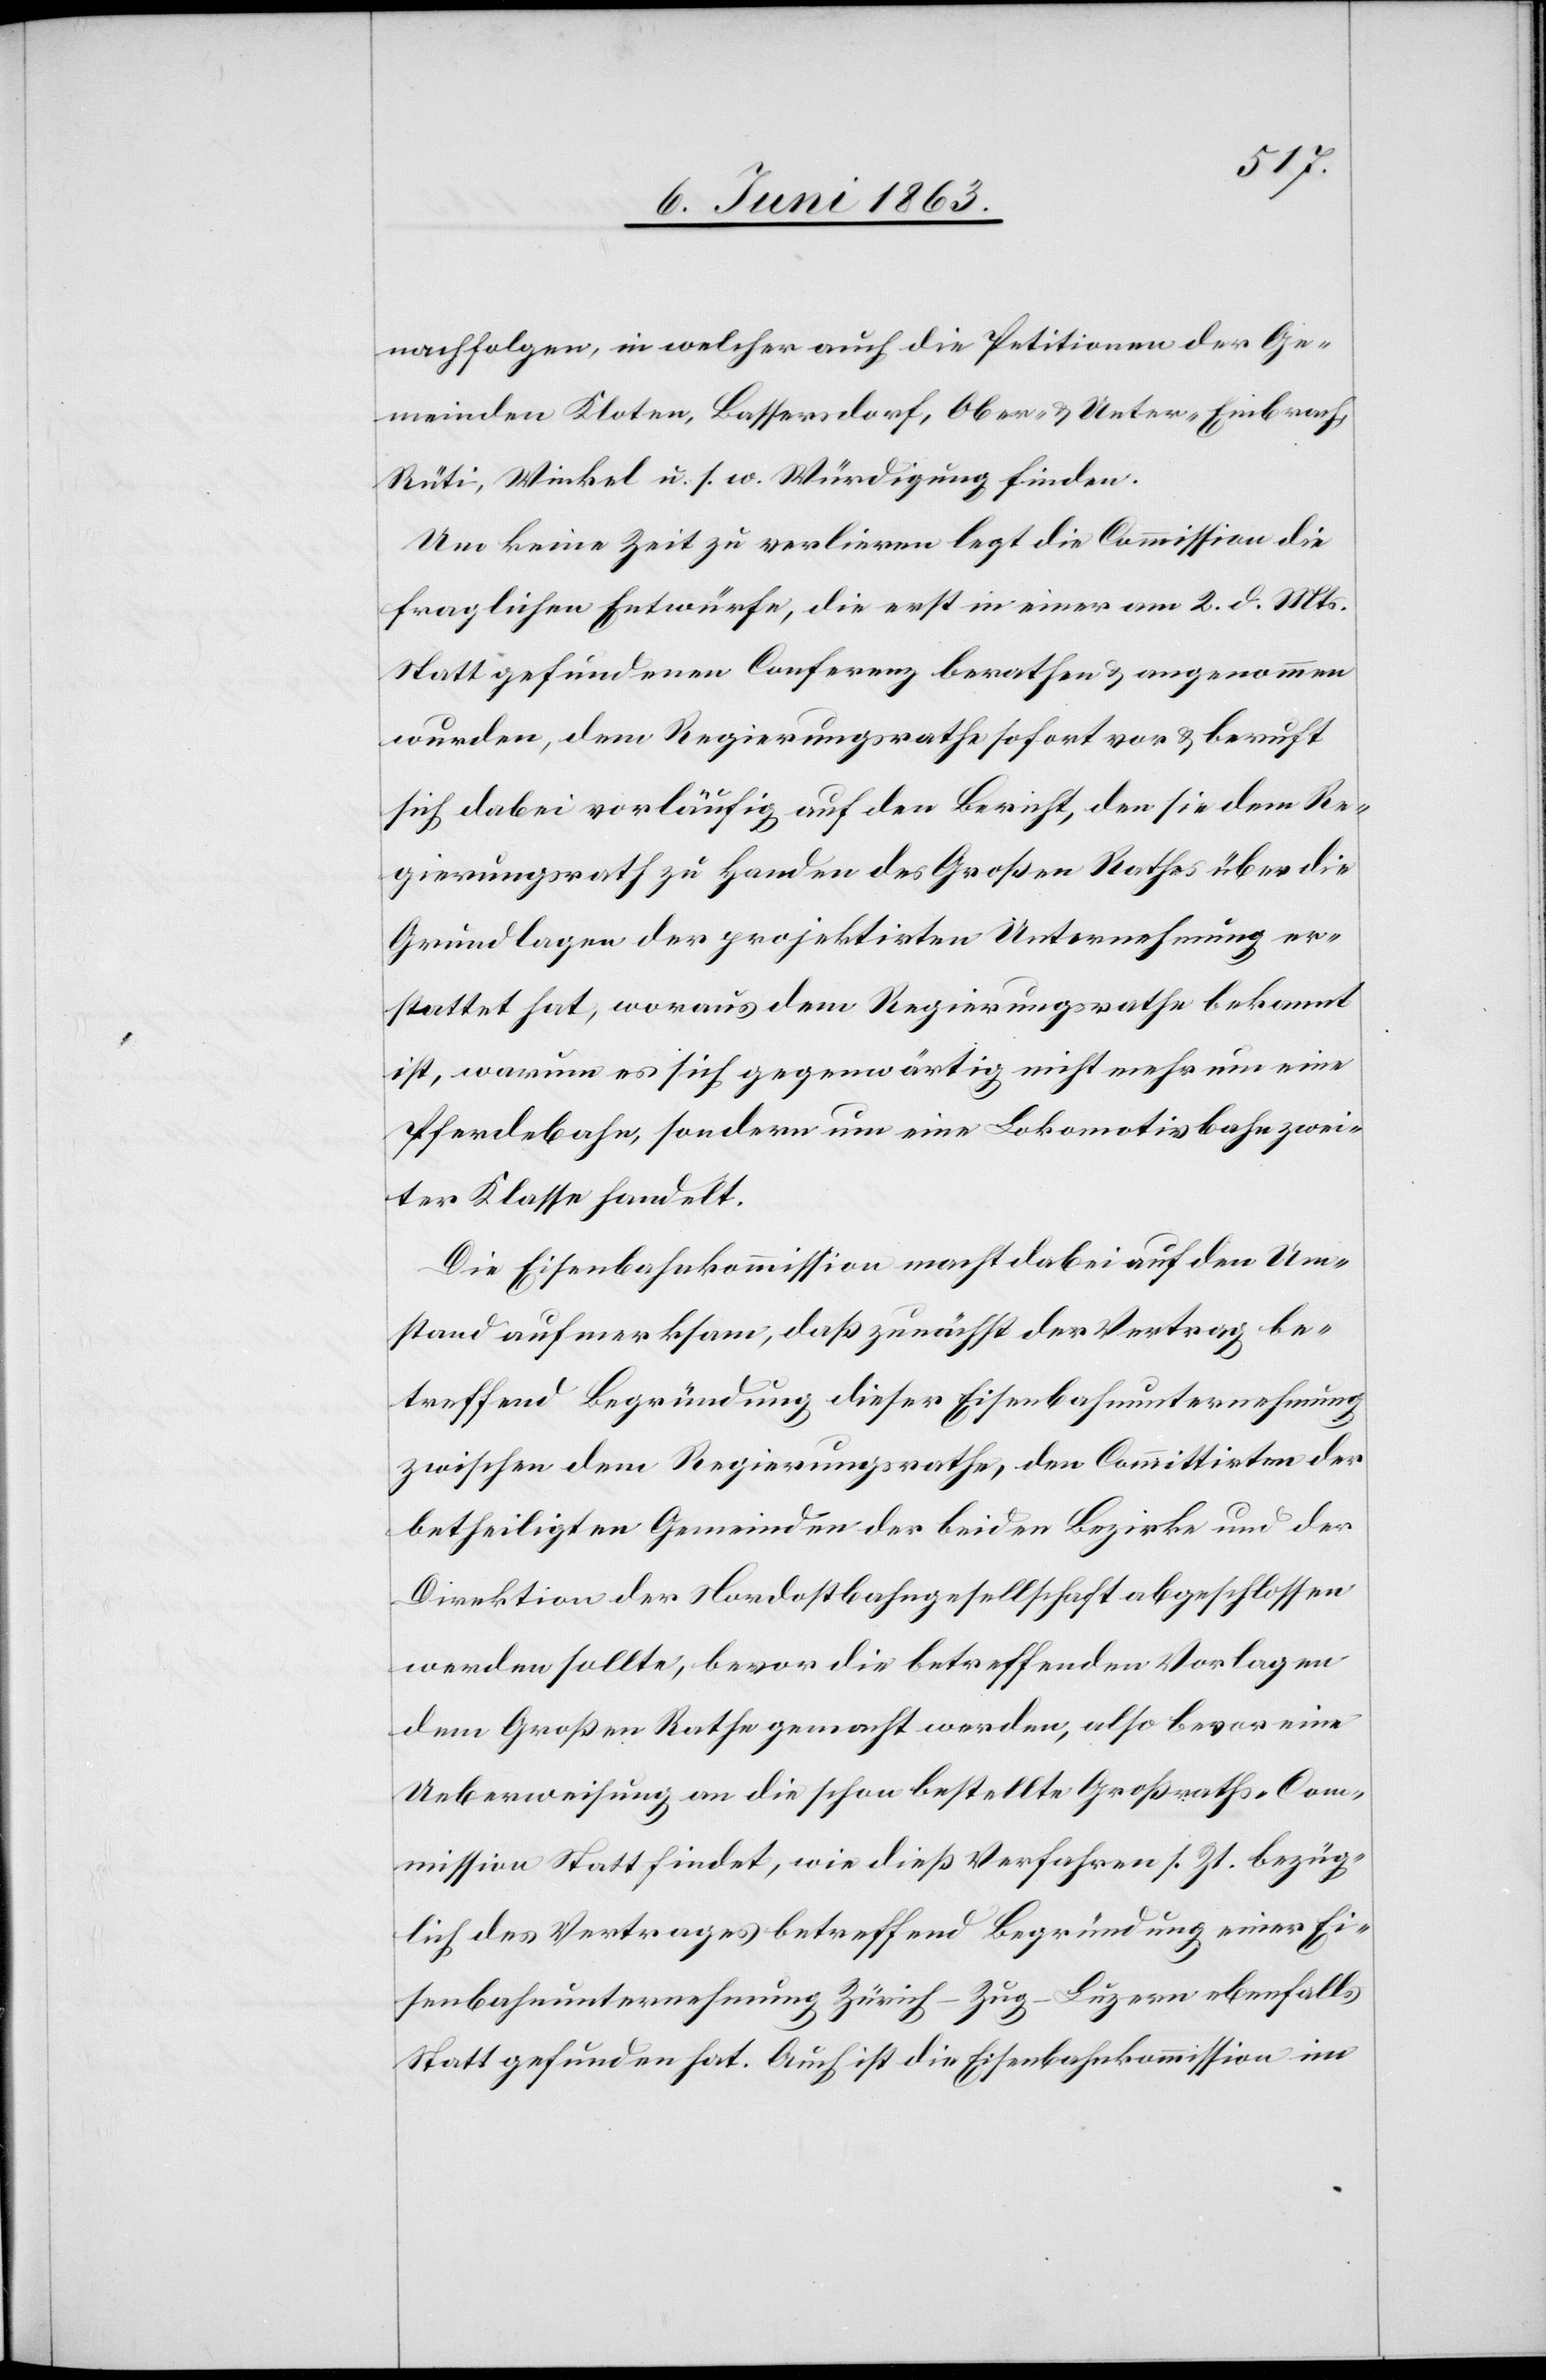
nachfolgen, in welcher auch die Petitionen der Ge¬
meinden Kloten, Bassersdorf, Ober- & Unter-Embrach,
Rüti, Winkel u. s. w. Würdigung finden.
Um keine Zeit zu verlieren legt die Commission die
fraglichen Entwürfe, die erst in einer am 2. d. Mts.
Statt gefundenen Conferenz berathen & angenommen
wurden, dem Regierungsrathe sofort vor & beruft
sich dabei vorläufig auf den Bericht, den sie dem Re¬
gierungsrath zu Handen des Großen Rathes über die
Grundlagen der projektirten Unternehmung er¬
stattet hat, woraus dem Regierungsrathe bekannt
ist, warum es sich gegenwärtig nicht mehr um eine
Pferdebahn, sondern um eine Lokomotivbahn zwei¬
ter Klasse handelt.
Die Eisenbahnkommission macht dabei auf den Um¬
stand aufmerksam, daß zunächst der Vertrag be¬
treffend Begründung dieser Eisenbahnunternehmung
zwischen dem Regierungsrathe, den Commitirten der
betheiligten Gemeinden der beiden Bezirke und der
Direktion der Nordostbahngesellschaft abgeschlossen
werden sollte, bevor die betreffenden Vorlagen
dem Großen Rathe gemacht werden, also bevor eine
Ueberweisung an die schon bestellte Großraths-Com¬
mission Statt findet, wie dieß Verfahren s. Zt. bezüg¬
lich des Vertrages betreffend Begründung einer Ei¬
senbahnunternehmung Zürich–Zug–Luzern ebenfalls
Statt gefunden hat. Auch ist die Eisenbahnkommission im